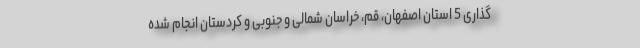
گذاری 5 استان اصفهان، قم، خراسان شمالی و جنوبی و کردستان انجام شده